Vaccination in Bombay 1856-1862 - 1856-1862
Year: 1856
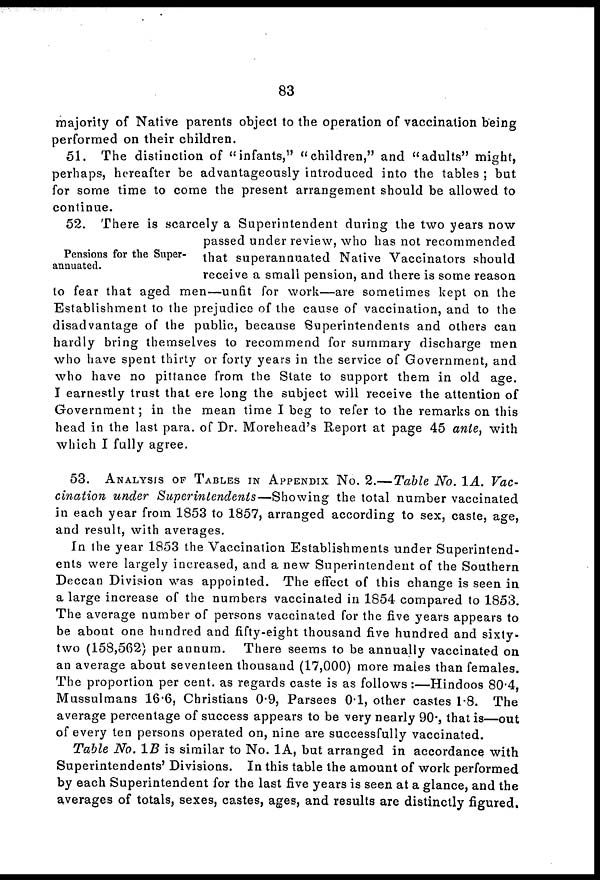
83
majority of Native parents object to the operation of vaccination being
performed on their children.
51. The distinction of "infants," "children," and "adults" might,
perhaps, hereafter be advantageously introduced into the tables ; but
for some time to come the present arrangement should be allowed to
continue.
Pensions for the Super-
annuated.
52. There is scarcely a Superintendent during the two years now
passed under review, who has not recommended
that superannuated Native Vaccinators should
receive a small pension, and there is some reason
to fear that aged men—unfit for work—are sometimes kept on the
Establishment to the prejudice of the cause of vaccination, and to the
disadvantage of the public, because Superintendents and others can
hardly bring themselves to recommend for summary discharge men
who have spent thirty or forty years in the service of Government, and
who have no pittance from the State to support them in old age.
I earnestly trust that ere long the subject will receive the attention of
Government; in the mean time I beg to refer to the remarks on this
head in the last para. of Dr. Morehead's Report at page 45 ante, with
which I fully agree.
53. ANALYSIS OF TABLES IN APPENDIX No. 2.—Table No. 1A. Vac-
cination under Superintendents—Showing
the total number vaccinated
in each year from 1853 to 1857, arranged according to sex, caste, age,
and result, with averages.
In the year 1853 the Vaccination Establishments under Superintend-
ents were largely increased, and a new Superintendent of the Southern
Deccan Division was appointed. The effect of this change is seen in
a large increase of the numbers vaccinated in 1854 compared to 1853.
The average number of persons vaccinated for the five years appears to
be about one hundred and fifty-eight thousand five hundred and sixty-
two (158,562) per annum.
There seems to be annually vaccinated on
an average about seventeen thousand (17,000) more males than females.
The proportion per cent. as regards caste is as follows :—Hindoos 80.4,
Mussulmans 16.6, Christians 0.9, Parsees 0.1, other castes 1.8. The
average percentage of success appears to be very nearly 90., that is—out
of every ten persons operated on, nine are successfully vaccinated.
Table No. 1B is similar to No. 1A, but arranged in accordance with
Superintendents' Divisions. In this table the amount of work performed
by each Superintendent for the last five years is seen at a glance, and the
averages of totals, sexes, castes, ages, and results are distinctly figured.